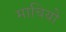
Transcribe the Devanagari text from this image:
माचियो